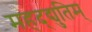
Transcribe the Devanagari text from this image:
महद्‌द्युतिम्